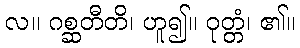
လ။ ဂစ္ဆတီတိ၊ ဟူ၍။ ဝုတ္တံ၊ ၏။